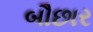
બૌછાર